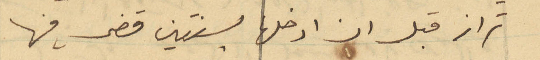
تراز قبل ان ادخلها بسنتين قضى فيها